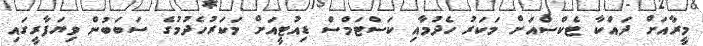
މީރާއަށް ދައްކާ ޓެކްސްއަށް މަކަރު ހެދުމާއި ކަސްޓަމްސް ޑިއުޓީއަށް މަކަރުހެދުމުގެ ސަބަބުން ވިޔަފާރީގައި